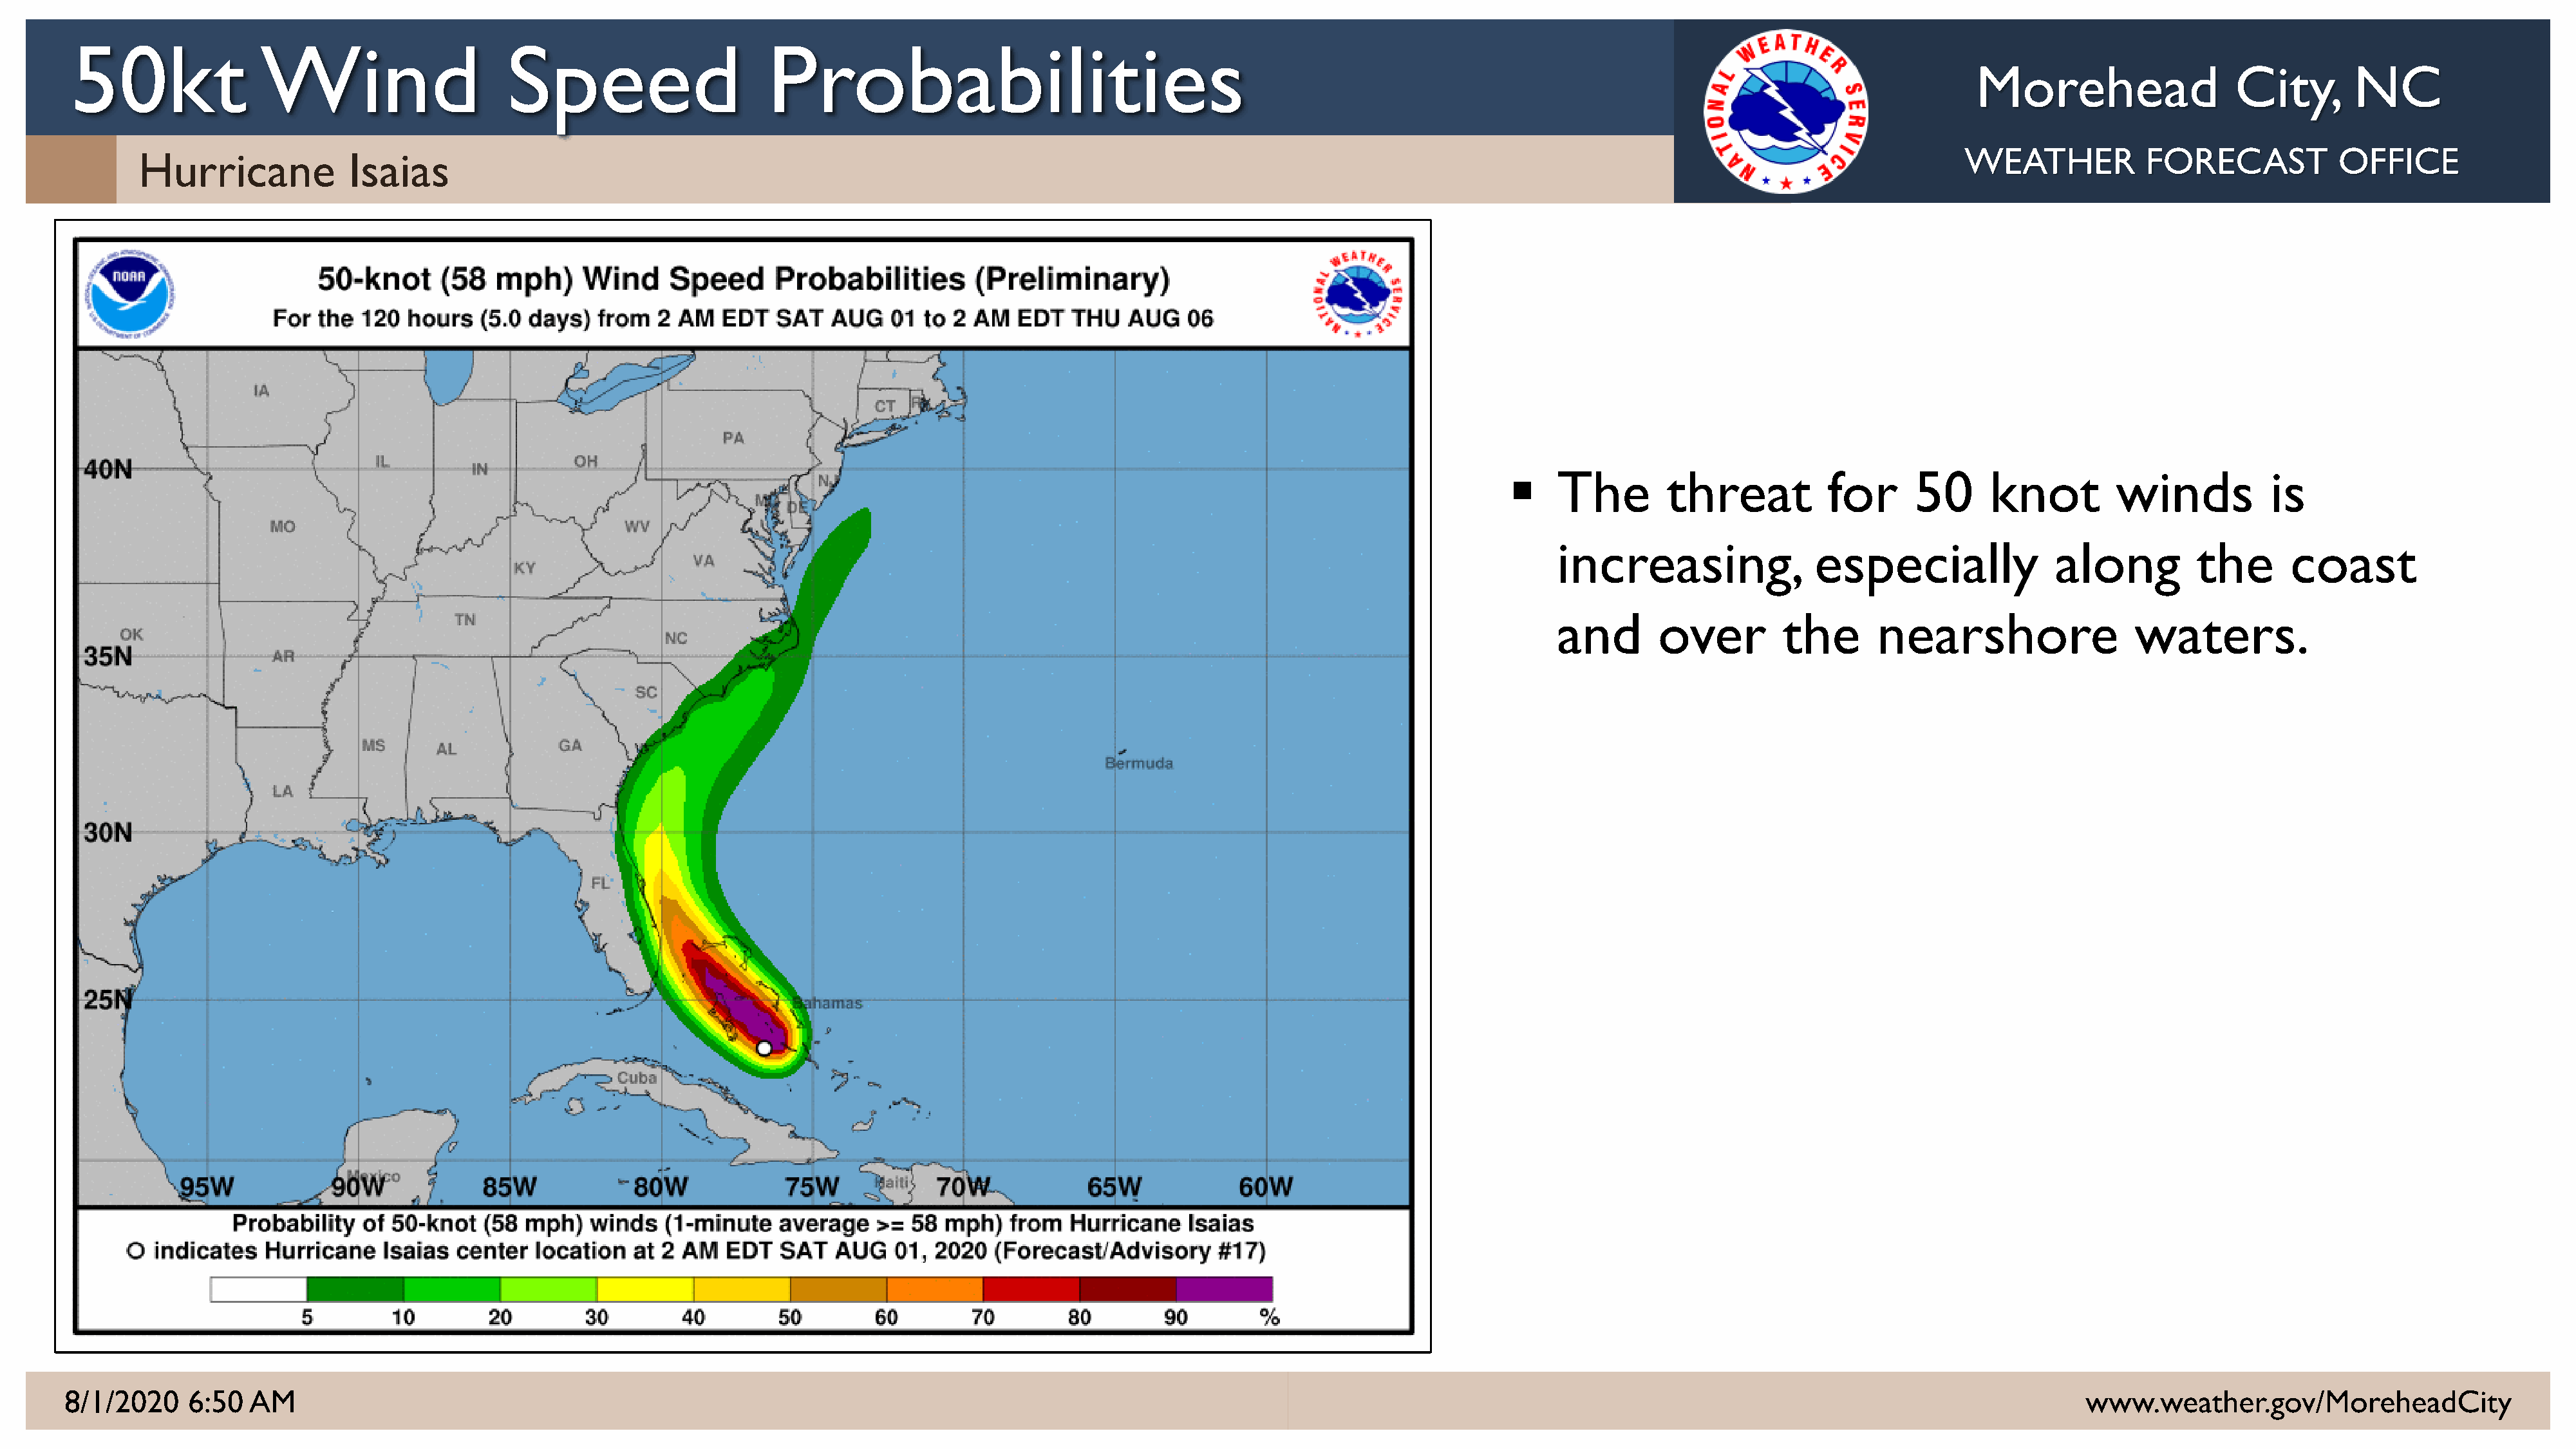
50kt                Wind                     Speed                      Probabilities
 Morehead                   City,       NC
 WEATHER            FORECAST           OFFICE
 Hurricane             Isaias
     The        threat           for      50      knot         winds          is
 increasing,                especially              along          the      coast
 and       over         the       nearshore                 waters.
 8/1/2020    6:50   AM                                                                                                                                                                                          www.weather.gov/MoreheadCity